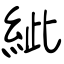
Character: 紪